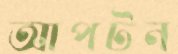
আপটন